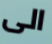
الى